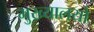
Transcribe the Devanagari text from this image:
मुख्यालयो